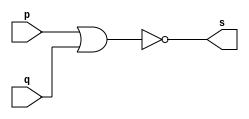
// ------------------------- 
// Exercicio0002 - NOR
// Nome: Guilherme Moreira Nunes 
// ------------------------- 
// ------------------------- 
// -- nor gate 
// ------------------------- 
module norgate ( output s, input p, q ); 
assign s = ~( p | q ); 
endmodule // norgate 
// --------------------- 
// -- test nor gate 
// --------------------- 
module tesnorgate; 
// ------------------------- dados locais 
reg a;
reg b; // definir registradores 
wire s; // definir conexao (fio) 
// ------------------------- instancia 
norgate NOR1 (s, a, b); 
// ------------------------- preparacao 
initial begin:start 
// atribuicao simultanea 
// dos valores iniciais 
a=0; b=0; 
end 
// ------------------------- parte principal 
initial begin 
$display("Exercicio0002 - Guilherme Moreira Nunes - 408947");
$display("Test NOR gate"); 
$display("\na ~| b = s\n"); 
a=0; b=0; 
$monitor("%b ~| %b = %b", a, b, s); 
#1 a=0; b=1;  
#1 a=1; b=0; 
#1 a=1; b=1; 
end 
endmodule // testnorgate